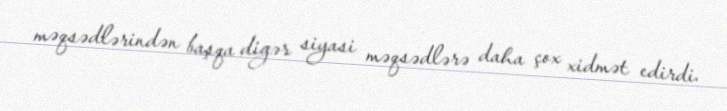
məqsədlərindən başqa digər siyasi məqsədlərə daha çox xidmət edirdi.